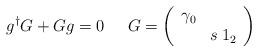
LaTeX: \begin{align*}g^{\dagger }G+Gg=0\; \; \; \; \; G=\left( \begin{array}{cc}\gamma _{0} & \\ & s\: 1_{2}\end{array}\right)\end{align*}